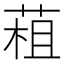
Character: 𦳏